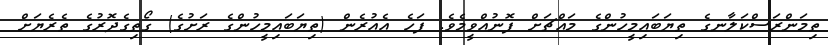
ތިމަންރަސްކަލާނގެ ތިޔަބައިމީހުންގެ މައްޗަށް ފޮނުއްވީމެވެ. ފަހެ އެއުރެން (ތިޔަބައިމީހުންގެ ރަށުގެ) ގޯތިގެދޮރުގެ ތެރެޔަށް